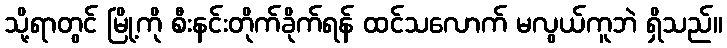
သို့ရာတွင် မြို့ကို စီးနင်းတိုက်ခိုက်ရန် ထင်သလောက် မလွယ်ကူဘဲ ရှိသည်။